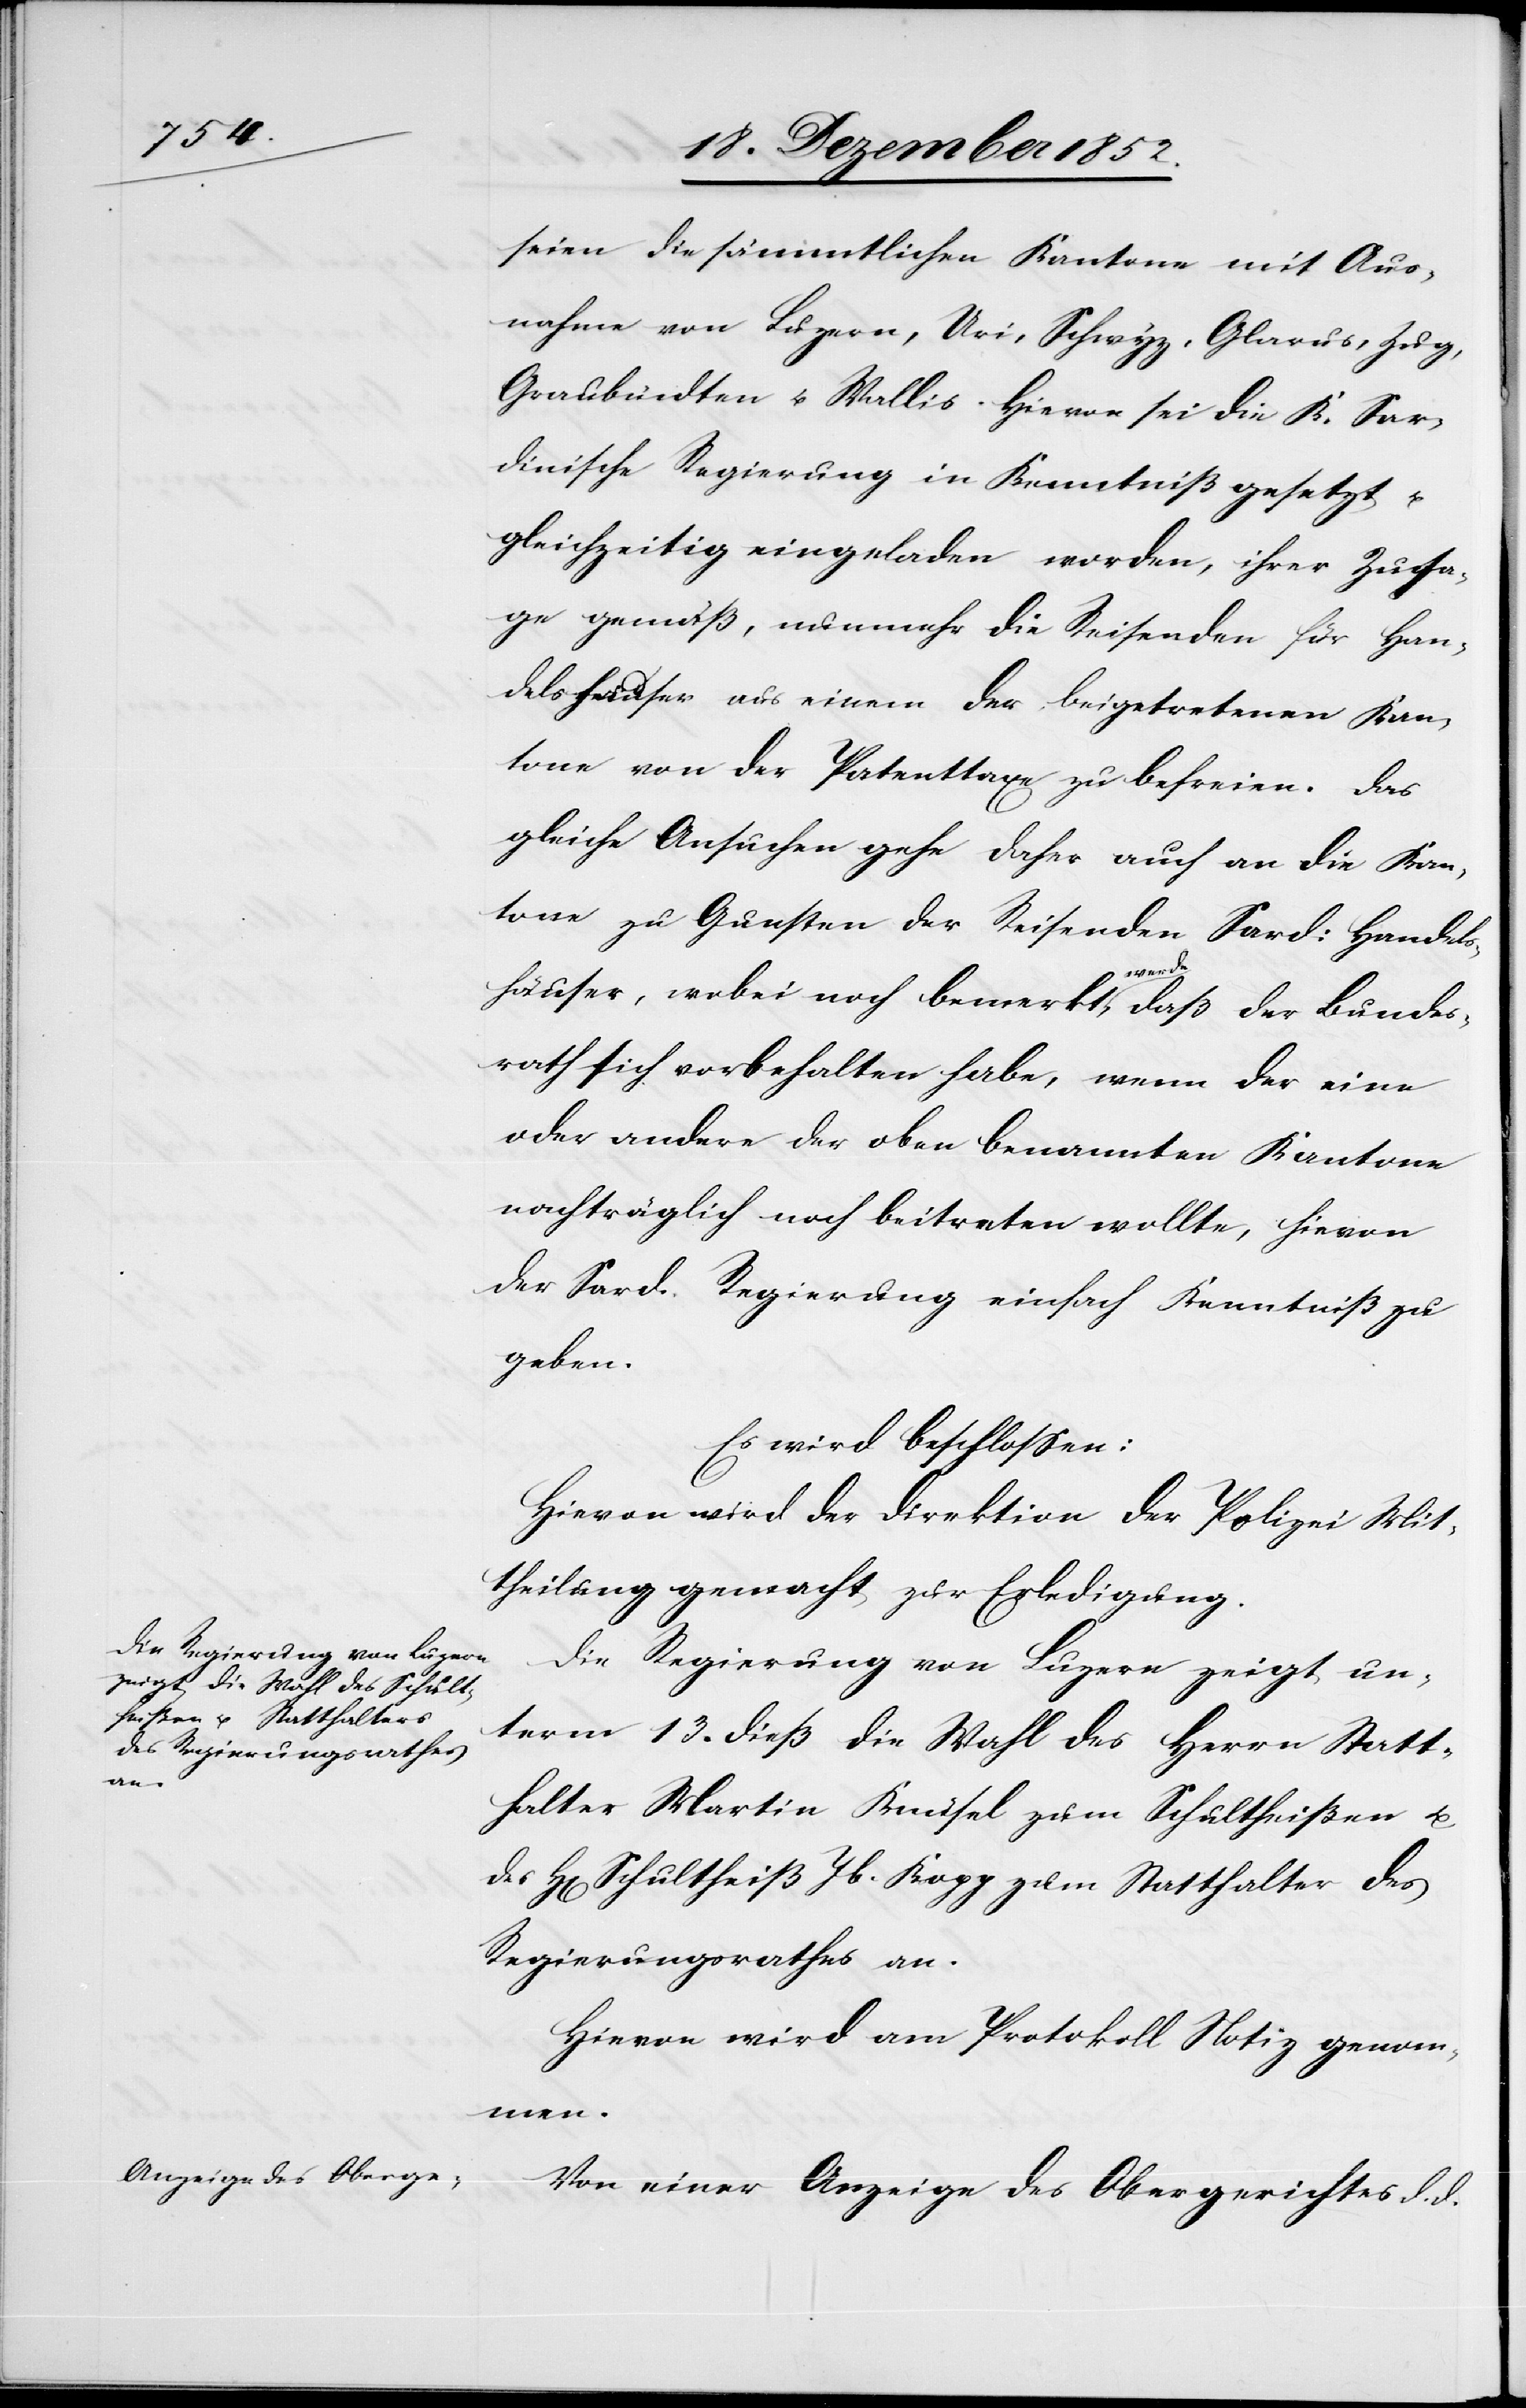
seien die sämmtlichen Kantone mit Aus¬
nahme von Luzern, Uri, Schwyz, Glarus, Zug,
Graubündten u. Wallis. Hievon sei die K. Sar¬
dinische Regierung in Kenntniß gesetzt u.
gleichzeitig eingeladen worden, ihrer Zusa¬
ge gemäß, nunmehr die Reisenden für Han¬
delshäuser aus einem der beigetretenen Kan¬
tone von der Patenttaxe zu befreien. Das
gleiche Ansuchen gehe daher auch an die Kan¬
tone zu Gunsten der Reisenden Sard: Handels¬
häuser, wobei noch bemerkt werde, daß der Bundes¬
rath sich vorbehalten habe, wenn der eine
oder andere der oben benannten Kantone
nachträglich noch beitreten wollte, hievon
der Sard. Regierung einfach Kenntniß zu
geben.
Es wird beschlossen:
Hievon wird der Direktion der Polizei Mit¬
theilung gemacht zur Erledigung.
Die Regierung von Luzern zeigt un¬
term 13. dieß die Wahl des Herrn Statt¬
halter Martin Knüsel zum Schultheißen u.
H[errn] Schultheiß Jb. Kopp zum Statthalter des
Regierungsrathes an.
Hievon wird am Protokoll Notiz genom¬
men.
Von einer Anzeige des Obergerichtes d. d.